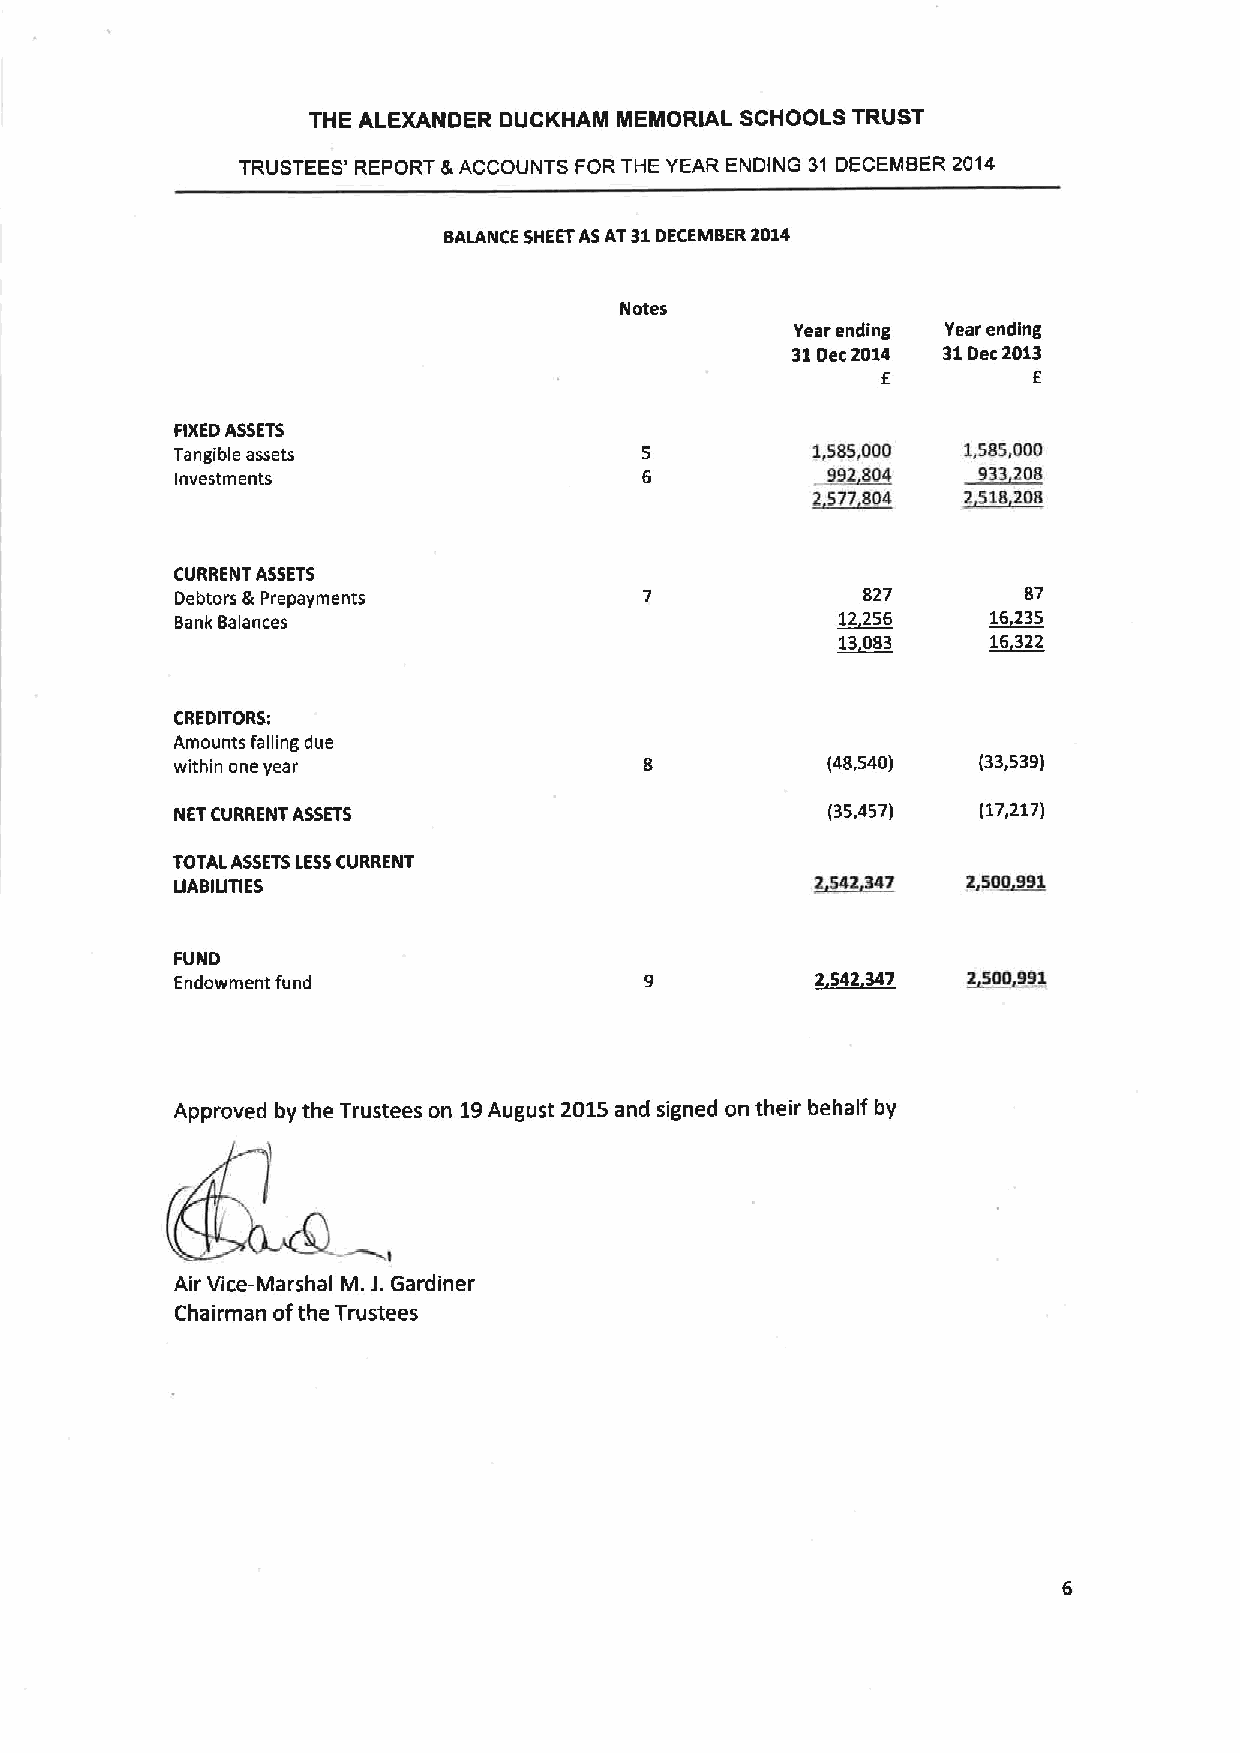
THE ALEXANDER DUCKHAM MEMORIAL SCHOOLS TRUST
 TRUSTEES' REPORT 8 ACCOUNTS FOR THE YEAR ENDING 31 DECEMBER 2014
 BALANCE SHEETASAT31DECEMBER2014
 Notes
 Year ending Year ending
 31Dec2014 31Dec2013
 E         E
 FIXEDASSETS
 Tangible assets                           1,585,000 1,585,000
 Investments                               ~992804   ~933208
 2~577804  ~2518208
 CURRENT ASSETS
 Debtors &Prepayments                         827        87
 Bank Balances                               12256    ~16235
 ~13083    ~16322
 CREDITORS:
 Amounts falling due
 within one year                            (48,540)  (33,539)
 NET CURRENT ASSETS                         (35,457)  (17,217)
 TOTAL ASSETSLESSCURRENT
 ~542947   ~2500 1
 LIABILITIES
 FUND
 Endowment fund                            ~2542 347 ~2500991
 Approved by the Trustees on 19August 2015and signed on their behalf by
 Air Vice-Marshal M.J.Gardiner
 Chairman ofthe Trustees